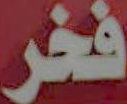
فخر